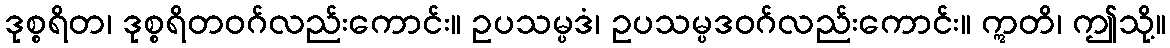
ဒုစ္စရိတ၊ ဒုစ္စရိတဝဂ်လည်းကောင်း။ ဥပသမ္ပဒံ၊ ဥပသမ္ပဒဝဂ်လည်းကောင်း။ ဣတိ၊ ဤသို့။